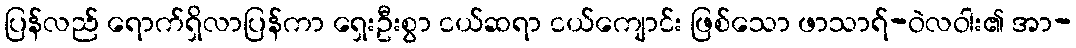
ပြန်လည် ရောက်ရှိလာပြန်ကာ ရှေးဦးစွာ ငယ်ဆရာ ငယ်ကျောင်း ဖြစ်သော ဖာသာရ်-ဝဲလဝါး၏ အာ-